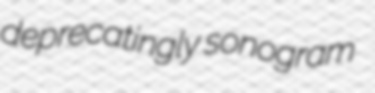
deprecatingly sonogram